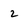
Character: 2